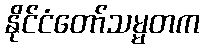
နိုင်ငံတော်သမ္မတက